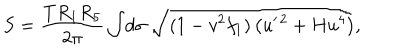
LaTeX: S = \frac { T R _ { 1 } R _ { 5 } } { 2 \pi } \int \! d \sigma \; \sqrt { ( 1 - v ^ { 2 } f _ { 1 } ) \left( u ^ { \prime \, 2 } + H u ^ { 4 } \right) } ,